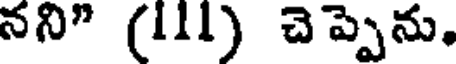
నని" (111) చెప్పెను,